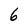
Character: 6